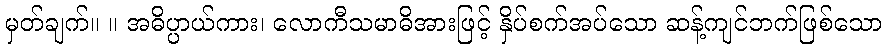
မှတ်ချက်။ ။ အဓိပ္ပာယ်ကား၊ လောကီသမာဓိအားဖြင့် နှိပ်စက်အပ်သော ဆန့်ကျင်ဘက်ဖြစ်သော